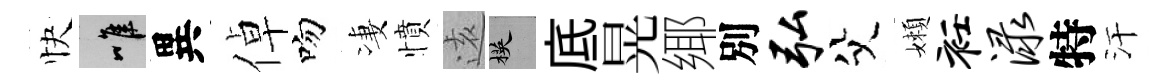
快唯異倬吻凄憤逺楧底晃鄊別弘父嬾衽渌特汗